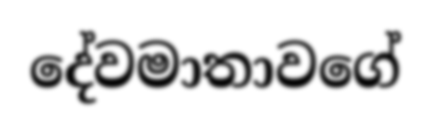
දේවමාතාවගේ